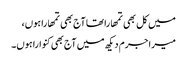
میں کل بھی تمھارا تھا آج بھی تمھارا ہوں،
میرا جرم دیکھ میں آج بھی کنوارا ہوں۔